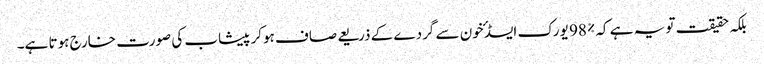
بلکہ حقیقت تو یہ ہے کہ %98 یورک ایسڈ ٴخون سے گردے کے ذریعے صاف ہوکر پیشاب کی صورت خارج ہوتا ہے۔